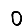
Digit: 0